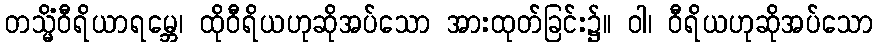
တသ္မိံဝီရိယာရမ္ဘေ၊ ထိုဝီရိယဟုဆိုအပ်သော အားထုတ်ခြင်း၌။ ဝါ၊ ဝီရိယဟုဆိုအပ်သော